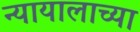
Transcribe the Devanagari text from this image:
न्यायालाच्या